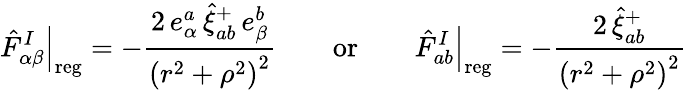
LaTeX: \left.\hat{F}_{\alpha\beta}^{I}\right|_{\mathrm{reg}}=-\frac{2\, e_{\alpha}^{a}\, \hat{\xi}_{ab}^{+}\, e_{\beta}^{b}}{\left(r^{2}+\rho^{2}\right)^{2}}\qquad\mathrm{or}\qquad\left.\hat{F}_{ab}^{I}\right|_{\mathrm{reg}}=-\frac{2\, \hat{\xi}_{ab}^{+}}{\left(r^{2}+\rho^{2}\right)^{2}}